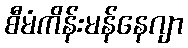
စီမံကိန်းမန်နေဂျာ